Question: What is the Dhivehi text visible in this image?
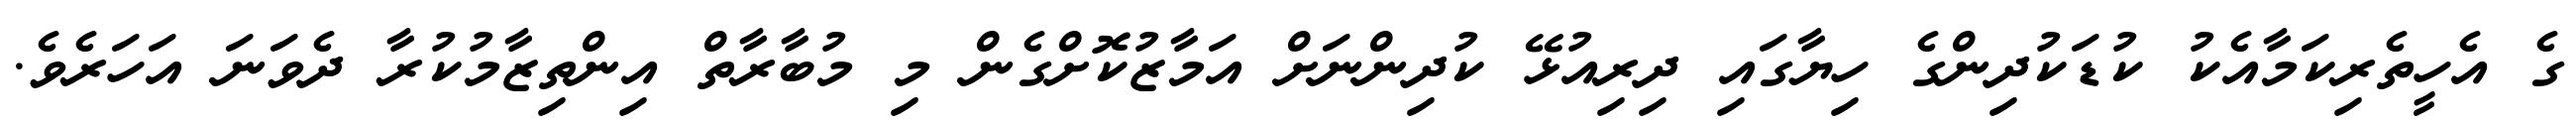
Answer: ގެ އެހީތެރިކަމާއެކު ކުޑަކުދިންގެ ހިޔާގައި ދިރިއުޅޭ ކުދިންނަށް އަމާޒުކޮށްގެން މި މުބާރާތް އިންތިޒާމުކުރާ ދެވަނަ އަހަރެވެ.